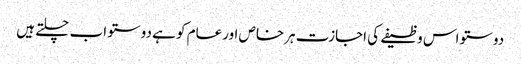
دوستو اس وظیفے کی اجازت ہرخاص اورعام کو ہے دوستو اب چلتے ہیں